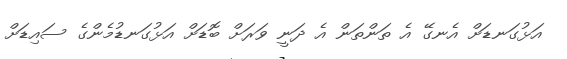
އަޅުގަނޑަށް އެނގޭ އެ ތަންތަން އެ ދަނީ ވަރަށް ބޮޑަށް އަޅުގަނޑުމެންގެ ސައިޑަށް